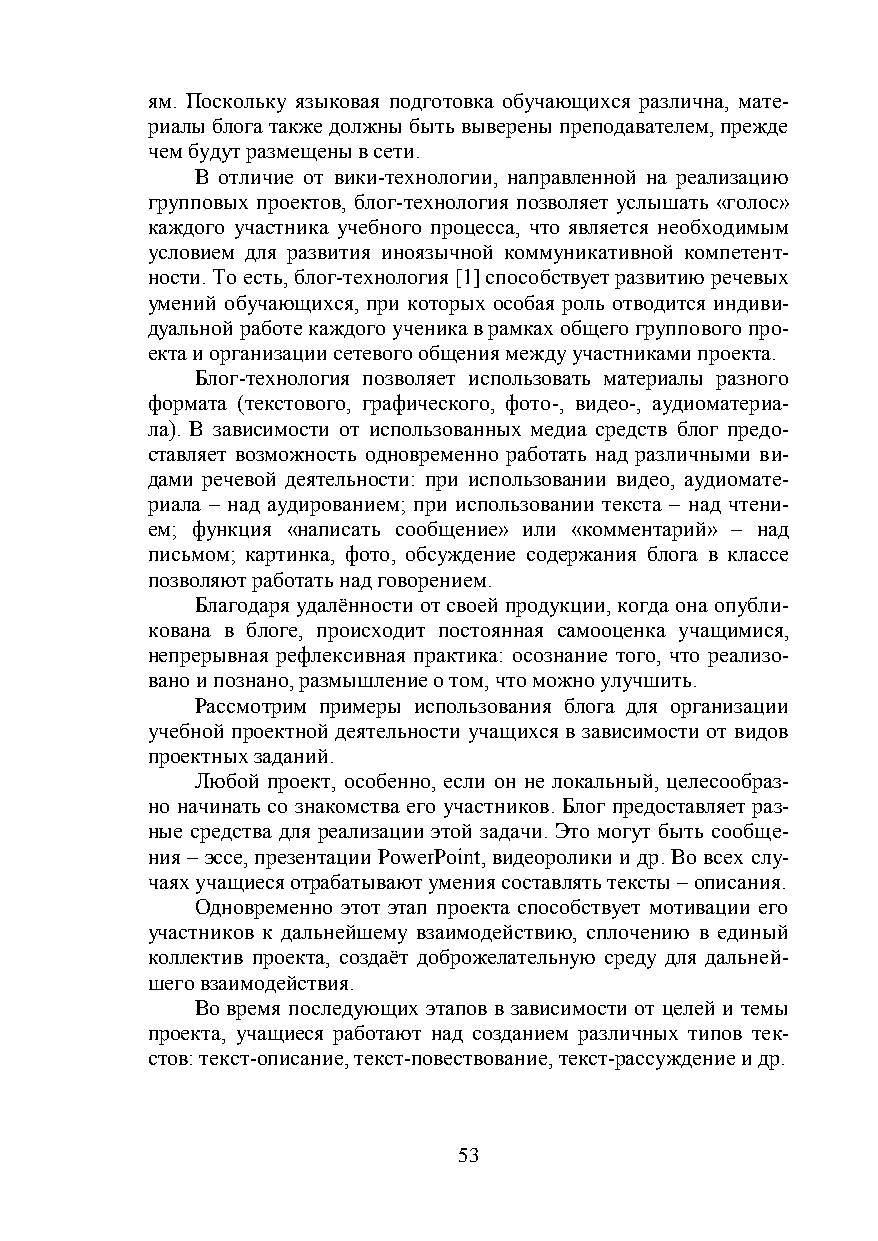
ям. Поскольку языковая подготовка обучающихся различна, мате-
 риалы блога также должны быть выверены преподавателем, прежде
 чем будут размещены в сети.
 В отличие от вики-технологии, направленной на реализацию
 групповых проектов, блог-технология позволяет услышать «голос»
 каждого участника учебного процесса, что является необходимым
 условием для развития иноязычной коммуникативной компетент-
 ности. То есть, блог-технология [1] способствует развитию речевых
 умений обучающихся, при которых особая роль отводится индиви-
 дуальной работе каждого ученика в рамках общего группового про-
 екта и организации сетевого общения между участниками проекта.
 Блог-технология позволяет использовать материалы разного
 формата (текстового, графического, фото-, видео-, аудиоматериа-
 ла). В зависимости от использованных медиа средств блог предо-
 ставляет возможность одновременно работать над различными ви-
 дами речевой деятельности: при использовании видео, аудиомате-
 риала – над аудированием; при использовании текста – над чтени-
 ем; функция «написать сообщение» или «комментарий» – над
 письмом; картинка, фото, обсуждение содержания блога в классе
 позволяют работать над говорением.
 Благодаря удалённости от своей продукции, когда она опубли-
 кована в блоге, происходит постоянная самооценка учащимися,
 непрерывная рефлексивная практика: осознание того, что реализо-
 вано и познано, размышление о том, что можно улучшить.
 Рассмотрим примеры использования блога для организации
 учебной проектной деятельности учащихся в зависимости от видов
 проектных заданий.
 Любой проект, особенно, если он не локальный, целесообраз-
 но начинать со знакомства его участников. Блог предоставляет раз-
 ные средства для реализации этой задачи. Это могут быть сообще-
 ния – эссе, презентации PowerPoint, видеоролики и др. Во всех слу-
 чаях учащиеся отрабатывают умения составлять тексты – описания.
 Одновременно этот этап проекта способствует мотивации его
 участников к дальнейшему взаимодействию, сплочению в единый
 коллектив проекта, создаёт доброжелательную среду для дальней-
 шего взаимодействия.
 Во время последующих этапов в зависимости от целей и темы
 проекта, учащиеся работают над созданием различных типов тек-
 стов: текст-описание, текст-повествование, текст-рассуждение и др.
 53